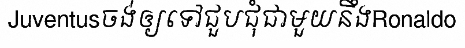
Juventusចង់ឲ្យទៅជួបជុំជាមួយនឹងRonaldo